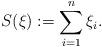
LaTeX: \begin{align*}S(\xi):=\sum\limits_{i=1}^n\xi_i.\end{align*}